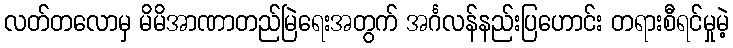
လတ်တလောမှ မိမိအာဏာတည်မြဲရေးအတွက် အင်္ဂလန်နည်းပြဟောင်း တရားစီရင်မှုမဲ့